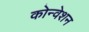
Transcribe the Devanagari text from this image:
कोन्वेशन